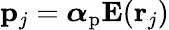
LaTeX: \mathbf{p}_{j}=\boldsymbol\alpha_{\mathrm{p}}\mathbf{E}(\mathbf{r}_{j})